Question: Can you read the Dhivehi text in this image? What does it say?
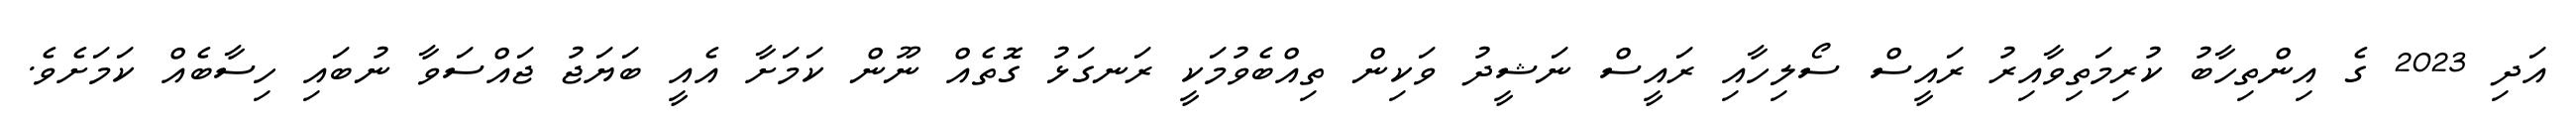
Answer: އަދި 2023 ގެ އިންތިހާބު ކުރިމަތިވާއިރު ރައީސް ސޯލިހާއި ރައީސް ނަޝީދު ވަކިން ތިއްބެވުމަކީ ރަނގަޅު ގޮތެއް ނޫން ކަމަށާ އެއީ ބަޔަޖު ޖައްސަވާ ނުބައި ހިސާބެއް ކަމަށެވެ.